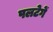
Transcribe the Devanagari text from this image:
पलटेगें